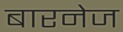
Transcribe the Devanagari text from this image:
बारनेज